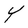
Character: Y